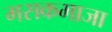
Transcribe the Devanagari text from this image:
मसकमाजा